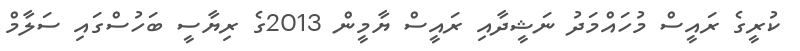
ކުރީގެ ރައީސް މުހައްމަދު ނަޝީދާއި ރައީސް ޔާމީން 2013ގެ ރިޔާސީ ބަހުސްގައި ސަލާމް